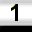
Digit: 1